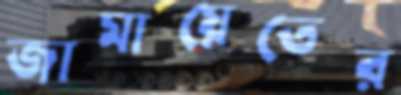
জামায়েতের